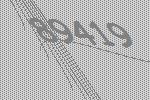
89419